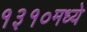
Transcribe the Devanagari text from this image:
१३१०मध्ये